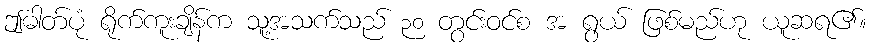
ဤဓါတ်ပုံ ရိုက်ကူးချိန်က သူ့အသက်သည် ၃၀ တွင်းဝင်စ အ ရွယ် ဖြစ်မည်ဟု ယူဆရ၏။